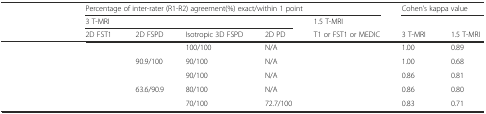
<table><thead><tr><td>[EMPTY_CELL]</td><td colspan="5"><b>Percentage of inter-rater (R1-R2) agreement(%) exact/within 1 point</b></td><td colspan="2"><b>Cohen’s kappa value</b></td></tr><tr><td>[EMPTY_CELL]</td><td colspan="4"><b>3 T-MRI</b></td><td><b>1.5 T-MRI</b></td><td>[EMPTY_CELL]</td><td>[EMPTY_CELL]</td></tr><tr><td>[EMPTY_CELL]</td><td><b>2D FST1</b></td><td><b>2D FSPD</b></td><td><b>Isotropic 3D FSPD</b></td><td><b>2D PD</b></td><td><b>T1 or FST1 or MEDIC</b></td><td><b>3 T-MRI</b></td><td><b>1.5 T-MRI</b></td></tr></thead><tbody><tr><td>[EMPTY_CELL]</td><td>[EMPTY_CELL]</td><td>[EMPTY_CELL]</td><td>100/100</td><td>N/A</td><td>[EMPTY_CELL]</td><td>1.00</td><td>0.89</td></tr><tr><td>[EMPTY_CELL]</td><td>[EMPTY_CELL]</td><td>90.9/100</td><td>90/100</td><td>N/A</td><td>[EMPTY_CELL]</td><td>1.00</td><td>0.68</td></tr><tr><td>[EMPTY_CELL]</td><td>[EMPTY_CELL]</td><td>[EMPTY_CELL]</td><td>90/100</td><td>N/A</td><td>[EMPTY_CELL]</td><td>0.86</td><td>0.81</td></tr><tr><td>[EMPTY_CELL]</td><td>[EMPTY_CELL]</td><td>63.6/90.9</td><td>80/100</td><td>N/A</td><td>[EMPTY_CELL]</td><td>0.86</td><td>0.80</td></tr><tr><td>[EMPTY_CELL]</td><td>[EMPTY_CELL]</td><td>[EMPTY_CELL]</td><td>70/100</td><td>72.7/100</td><td>[EMPTY_CELL]</td><td>0.83</td><td>0.71</td></tr></tbody></table>